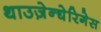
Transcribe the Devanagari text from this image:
थाउज़ेन्द्येरिगेस